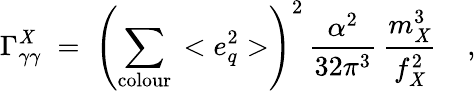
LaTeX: \Gamma_{\gamma\gamma}^{\mathit{X}}\; =\; \left(\sum_{\mathrm{{colour}}}\, <e_{q}^{2}>\right)^{2}\, \frac{{\alpha^{2}}}{{32\pi^{3}}}\, \frac{{m_{\mathit{X}}^{3}}}{{f_{\mathit{X}}^{2}}}\; \; \; \ ,